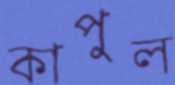
কাপুল